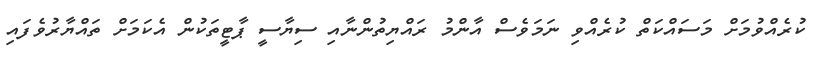
ކުރެއްވުމަށް މަސައްކަތް ކުރެއްވި ނަމަވެސް އާންމު ރައްޔިތުންނާއި ސިޔާސީ ޕާޓީތަކުން އެކަމަށް ތައްޔާރުވެފައި